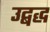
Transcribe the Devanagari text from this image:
उद्बद्ध